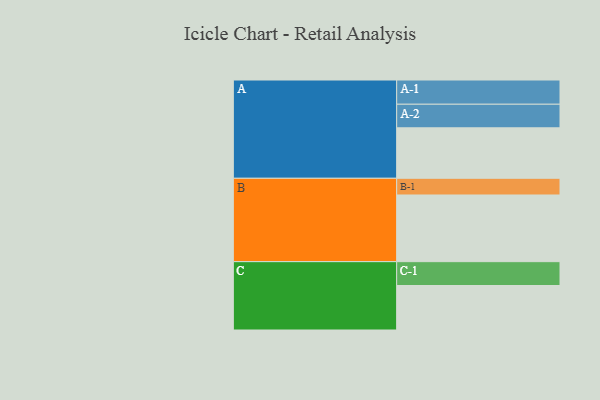
{"axis": {"x": "Segment", "y": "Value"}, "legend": ["", "A", "B", "C"], "data": [{"x": "A", "y": 396, "type": ""}, {"x": "B", "y": 523, "type": ""}, {"x": "C", "y": 349, "type": ""}, {"x": "A-1", "y": 190, "type": "A"}, {"x": "A-2", "y": 185, "type": "A"}, {"x": "B-1", "y": 131, "type": "B"}, {"x": "C-1", "y": 187, "type": "C"}]}